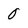
Character: 0